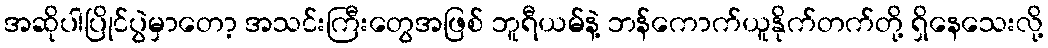
အဆိုပါပြိုင်ပွဲမှာတော့ အသင်းကြီးတွေအဖြစ် ဘူရီယမ်နဲ့ ဘန်ကောက်ယူနိုက်တက်တို့ ရှိနေသေးလို့